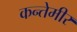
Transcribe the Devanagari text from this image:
कन्तेमीर